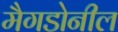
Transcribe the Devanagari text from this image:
मैगडोनील